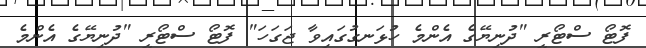
ފޮޓޯ ސްޓޯރީ "ދުނިޔޭގެ އެންމެ ހުޅަނގުގައިވާ ޖަގަހަ" ފޮޓޯ ސްޓޯރީ "ދުނިޔޭގެ އެންމެ